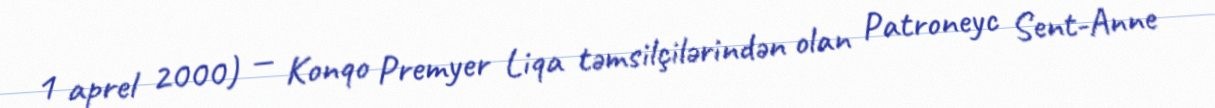
1 aprel 2000) — Konqo Premyer Liqa təmsilçilərindən olan Patroneyc Sent-Anne